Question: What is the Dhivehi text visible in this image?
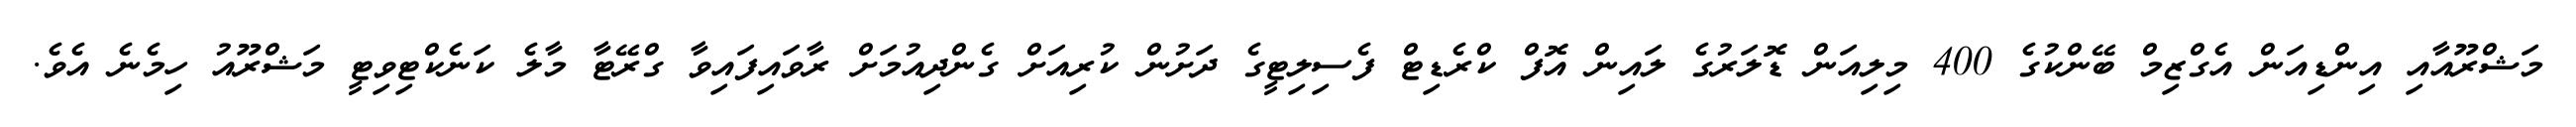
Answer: މަޝްރޫއާއި އިންޑިއަން އެގްޒިމް ބޭންކުގެ 400 މިލިއަން ޑޮލަރުގެ ލައިން އޮފް ކްރެޑިޓް ފެސިލިޓީގެ ދަށުން ކުރިއަށް ގެންދިއުމަށް ރާވައިފައިވާ ގްރޭޓާ މާލެ ކަނެކްޓިވިޓީ މަޝްރޫއު ހިމެނެ އެވެ.